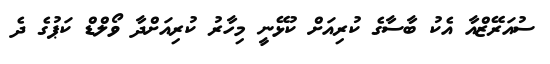
ސުއަރޭޒްއާ އެކު ބާސާގެ ކުރިއަށް ކުޅޭނީ މިހާރު ކުރިއަށްދާ ވޯލްޑް ކަޕުގެ ދެ